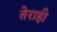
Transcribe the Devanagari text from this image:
तेराही